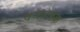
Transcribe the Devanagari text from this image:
वजागरूक